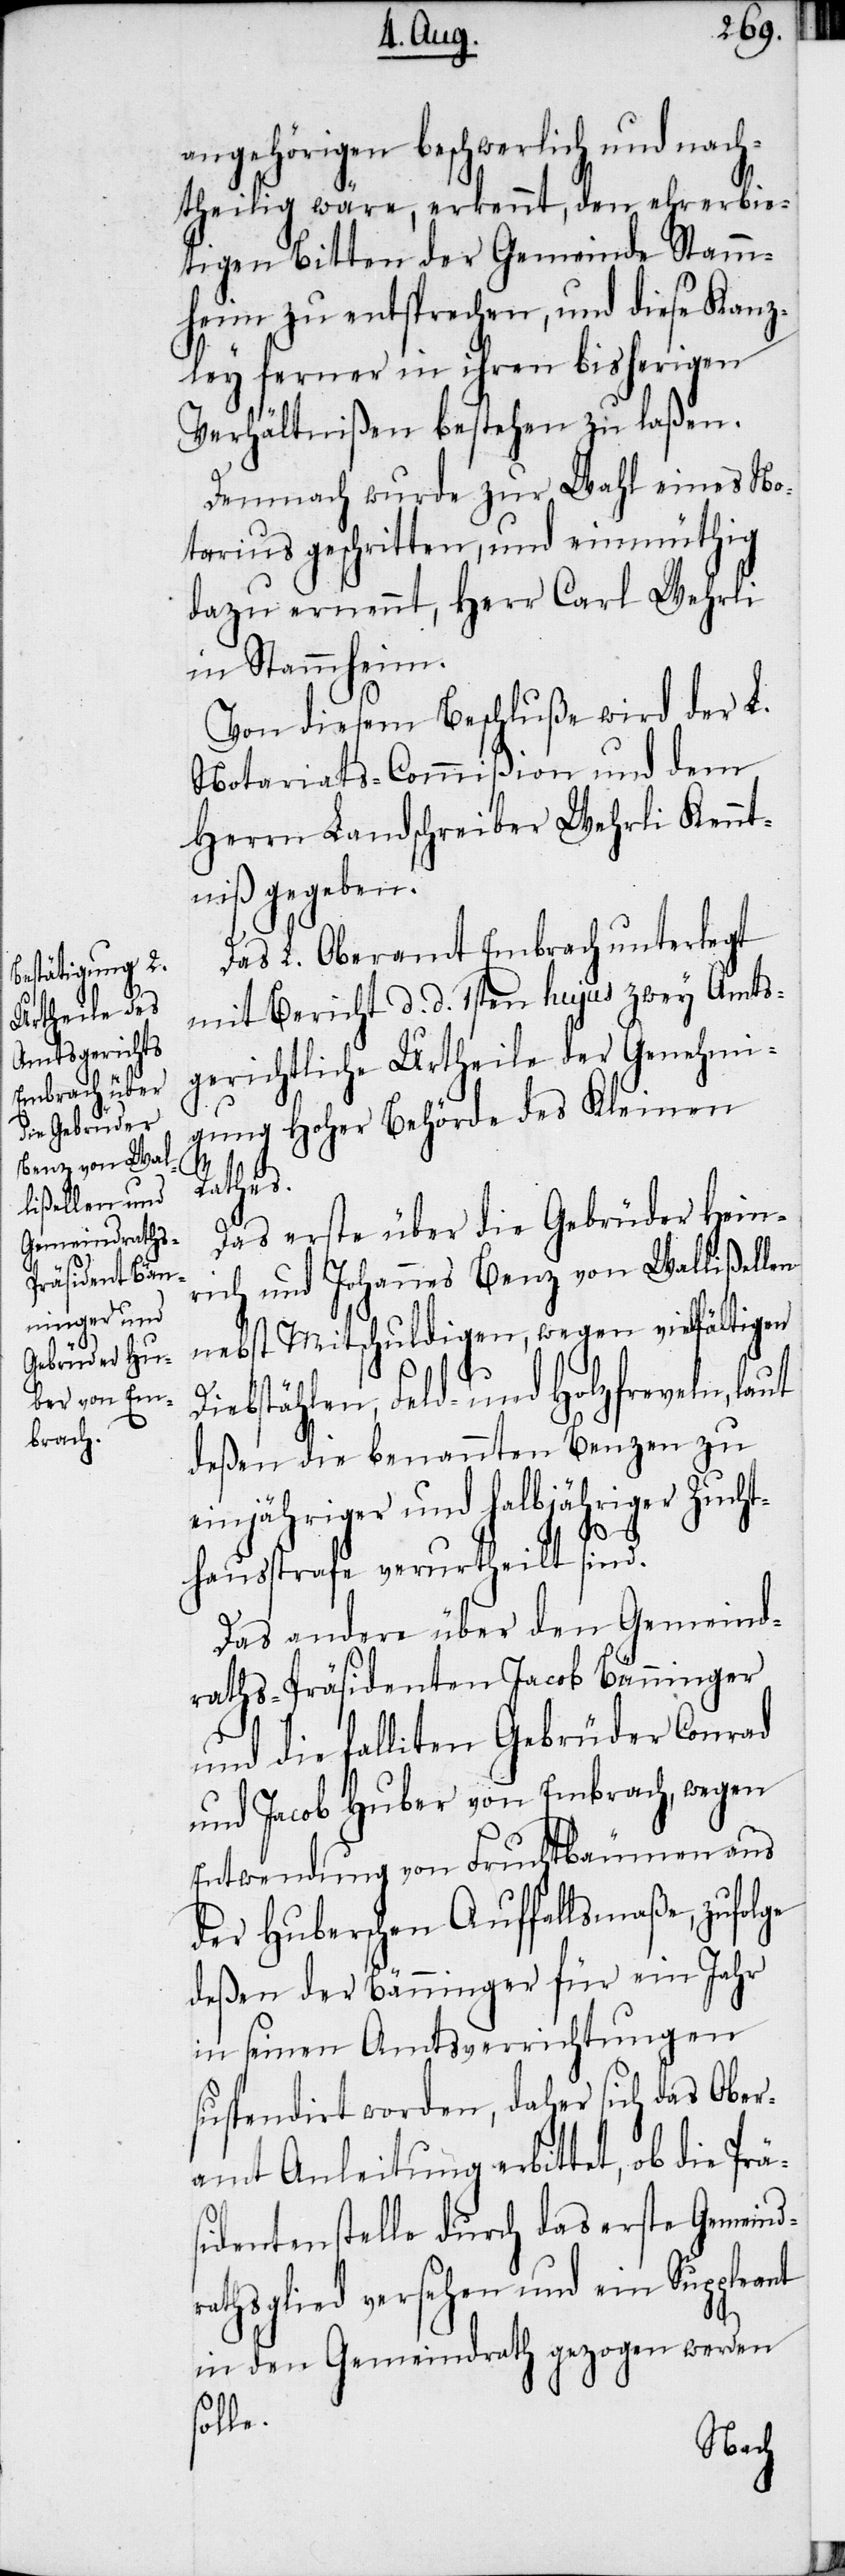
angehörigen beschwerlich und nach¬
theilig wäre, erkennt, den ehrerbie¬
tigen Bitten der Gemeinde Stamm¬
heim zu entsprechen, und diese Kanz¬
ley ferner in ihren bisherigen
Verhältnißen bestehen zu laßen.
Demnach wurde zur Wahl eines No¬
tarius geschritten, und einmüthig
dazu ernennt, Herr Carl Wehrli
in Stammheim.
Von diesem Beschluße wird der L.
Notariats-Commißion und dem
Herrn Landschreiber Wehrli Kennt¬
niß gegeben.
Das L. Oberamt Embrach unterlegt
mit Bericht d. d. 1sten hujus zwey Amts¬
gerichtliche Urtheile der Genehmi¬
gung Hoher Behörde des Kleinen
Rathes.
Das erste über die Gebrüder Hein¬
rich und Johannes Benz von Wallißellen
nebst Mitschuldigen, wegen vielfältigen
Diebstählen, Feld- und Holzfreveln, laut
deßen die benannten Benzen zu
einjähriger und halbjähriger Zucht¬
hausstrafe verurtheilt sind.
Das andere über den Gemeind¬
raths-Präsidenten Jacob Bänninger
und die falliten Gebrüder Conrad
und Jacob Huber von Embrach, wegen
Entwendung von Fruchtbäumen aus
der Huberschen Auffallsmaße, zufolge
deßen der Bänninger für ein Jahr
in seinen Amtsverrichtungen
suspendirt worden, daher sich das Ober¬
amt Anleitung erbittet, ob die Prä¬
sidentenstelle durch das erste Gemeind¬
rathsglied versehen und ein Suppleant
in den Gemeindrath gezogen werden
solle.